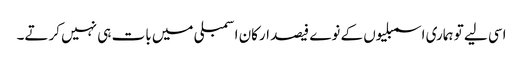
اسی لیے تو ہماری اسمبلیوں کے نوے فیصد ارکان اسمبلی میں بات ہی نہیں کرتے۔